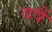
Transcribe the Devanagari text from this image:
वर्षै